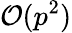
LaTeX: \mathcal{O}(p^{2})